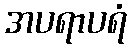
အပရာပရံ